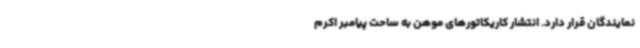
نمایندگان قرار دارد. انتشار کاریکاتورهای موهن به ساحت پیامبر اکرم